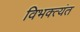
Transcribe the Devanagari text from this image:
विभक्त्यंत